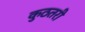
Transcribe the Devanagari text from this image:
कुठतरी